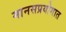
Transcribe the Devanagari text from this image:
मानसप्रयोगात